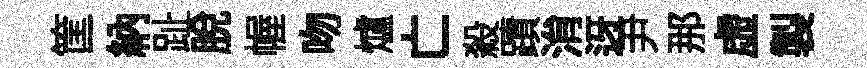
筐納趾脱幄吻爐亡殺蹟㳙迓尹那虚製